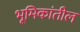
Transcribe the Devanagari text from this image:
भूमिकांतील